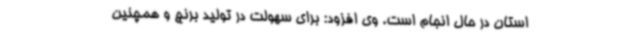
استان در حال انجام است. وی افزود: برای سهولت در تولید برنج و همچنین